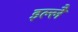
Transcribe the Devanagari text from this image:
इल्लै